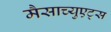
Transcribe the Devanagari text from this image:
मैसाच्युएट्स